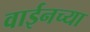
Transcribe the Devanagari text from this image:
वाईनच्या